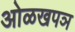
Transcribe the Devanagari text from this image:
ओळखपञ